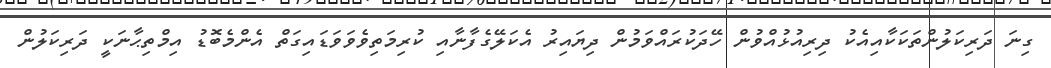
ގިނަ ދަރިކަލުންތަކަކާއިއެކު ދިރިއުޅުއްވުން ހޭދަކުރައްވަމުން ދިޔައިރު އެކަލޭގެފާނާއި ކުރިމަތިވެވަވަޑައިގަތް އެންމެބޮޑު އިމްތިޙާނަކީ ދަރިކަލުން